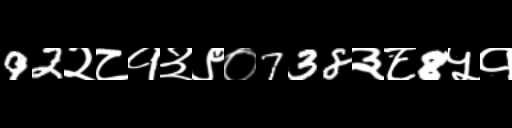
Text: 92२८१३९०738३८8५१